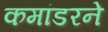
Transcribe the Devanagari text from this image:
कमांडरने